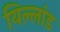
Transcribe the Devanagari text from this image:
यिल्लांड